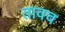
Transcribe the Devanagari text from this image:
तावच